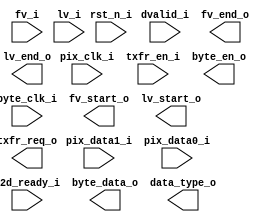
/*******************************************************************************
    Verilog netlist generated by IPGEN Lattice Radiant Software (64-bit)
    2023.1.1.200.1
    Soft IP Version: 1.4.0
    2023 11 29 21:35:37
*******************************************************************************/
/*******************************************************************************
    Wrapper Module generated per user settings.
*******************************************************************************/
module p2b_2l_yuv422_8 (rst_n_i, pix_clk_i, byte_clk_i, fv_i, lv_i, dvalid_i,
    pix_data1_i, pix_data0_i, c2d_ready_i, txfr_en_i, fv_start_o, fv_end_o,
    lv_start_o, lv_end_o, txfr_req_o, byte_en_o, byte_data_o, data_type_o)/* synthesis syn_black_box syn_declare_black_box=1 */;
    input  rst_n_i;
    input  pix_clk_i;
    input  byte_clk_i;
    input  fv_i;
    input  lv_i;
    input  dvalid_i;
    input  [7:0]  pix_data1_i;
    input  [7:0]  pix_data0_i;
    input  c2d_ready_i;
    input  txfr_en_i;
    output  fv_start_o;
    output  fv_end_o;
    output  lv_start_o;
    output  lv_end_o;
    output  txfr_req_o;
    output  byte_en_o;
    output  [15:0]  byte_data_o;
    output  [5:0]  data_type_o;
endmodule